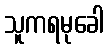
သူကရမုခေါ